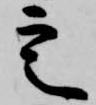
定